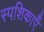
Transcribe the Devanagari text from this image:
स्पशिकाएँ